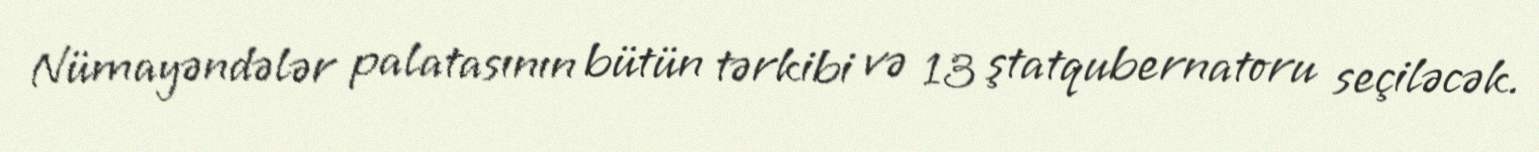
Nümayəndələr palatasının bütün tərkibi və 13 ştatqubernatoru seçiləcək.